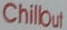
Chillout